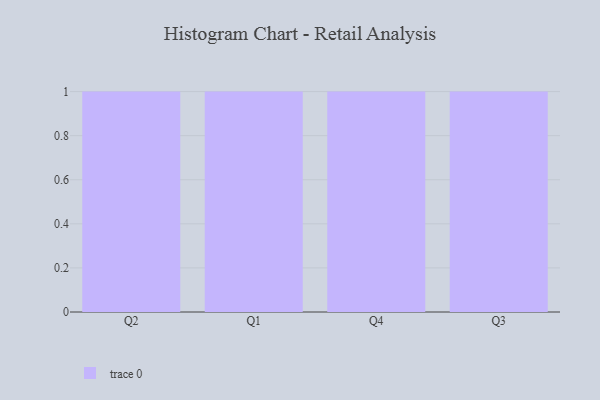
{"axis": {"x": "Quarter", "y": "Population (Million)"}, "legend": [""], "data": [{"x": "Q2", "y": 63, "type": ""}, {"x": "Q1", "y": 57, "type": ""}, {"x": "Q4", "y": 56, "type": ""}, {"x": "Q3", "y": 47, "type": ""}]}